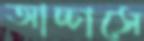
আচ্চাসে